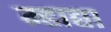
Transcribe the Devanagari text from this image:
म्हाद्या